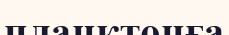
планктонға